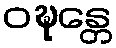
ဝဍ္ဎန္တေ